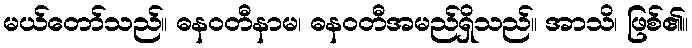
မယ်တော်သည်။ ဓနဝတီနာမ၊ ဓနဝတီအမည်ရှိသည်။ အာသိ၊ ဖြစ်၏။